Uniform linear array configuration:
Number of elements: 8
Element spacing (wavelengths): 1
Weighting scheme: cosine
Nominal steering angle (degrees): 15
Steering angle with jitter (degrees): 13.363
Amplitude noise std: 0.05
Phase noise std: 0.05

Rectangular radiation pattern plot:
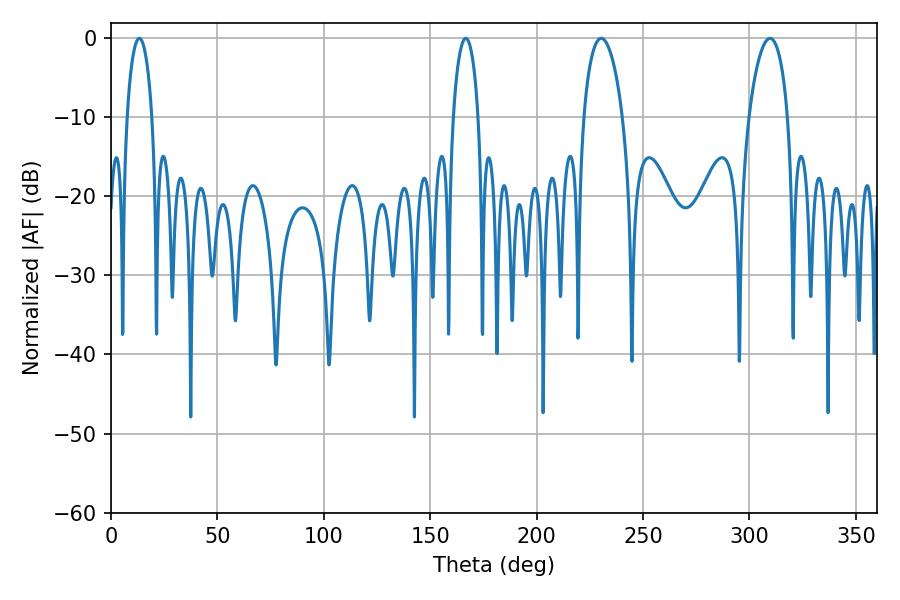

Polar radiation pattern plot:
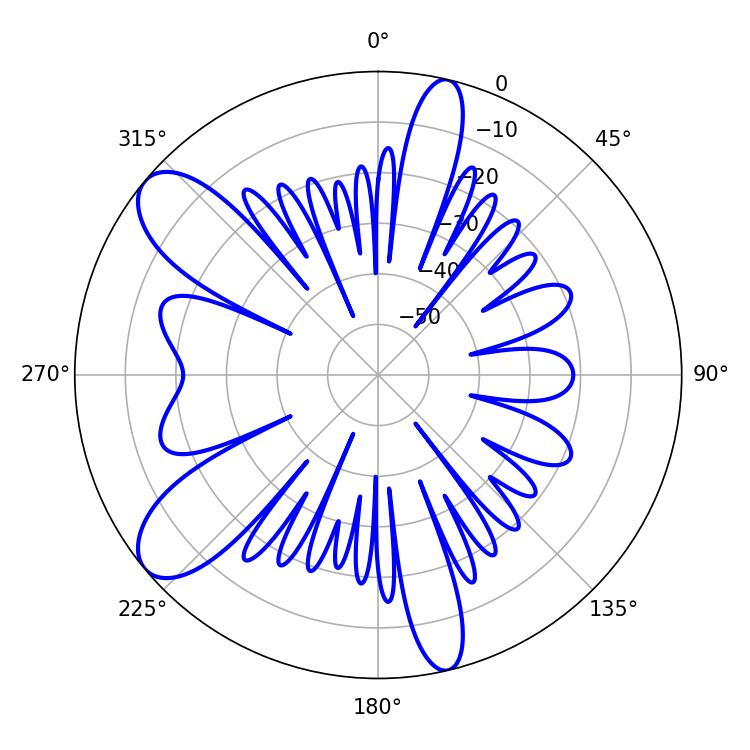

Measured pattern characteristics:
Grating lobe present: TRUE
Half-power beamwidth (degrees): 6.84
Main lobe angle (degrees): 13.32